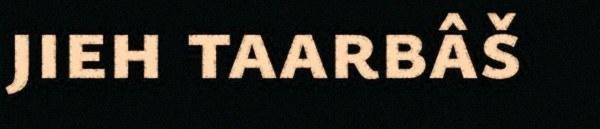
jieh taarbâš